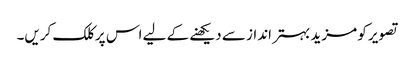
تصویر کو مزید بہتر انداز سے دیکھنے کے لیے اس پر کلک کریں۔